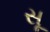
સૂ